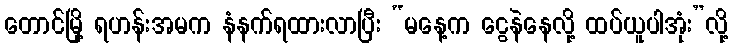
တောင်မြို့ ရဟန်းအမက နံနက်ရထားလာပြီး “မနေ့က ငွေနဲနေလို့ ထပ်ယူပါအုံး”လို့